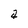
Character: a